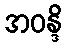
အဝန္ဒိ